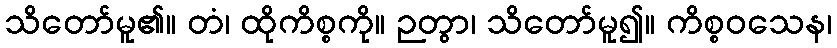
သိတော်မူ၏။ တံ၊ ထိုကိစ္စကို။ ဉတွာ၊ သိတော်မူ၍။ ကိစ္စဝသေန၊